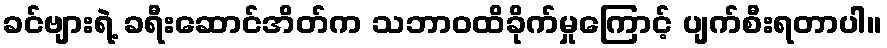
ခင်ဗျားရဲ့ ခရီးဆောင်အိတ်က သဘာဝထိခိုက်မှုကြောင့် ပျက်စီးရတာပါ။